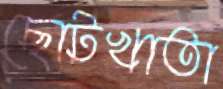
ছোটখাতা